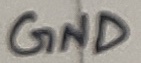
Text: GND